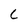
Character: C